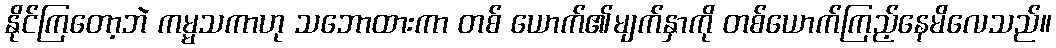
နိုင်ကြတော့ဘဲ ကမ္မသကာဟု သဘောထားကာ တစ် ယောက်၏မျက်နှာကို တစ်ယောက်ကြည့်နေမိလေသည်။